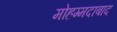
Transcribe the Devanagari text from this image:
मोहम्‍मदाबाद